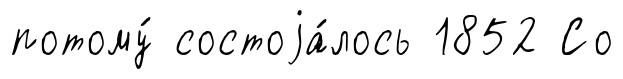
потому́ состоjа́лось 1852 Со